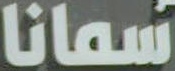
سمانا